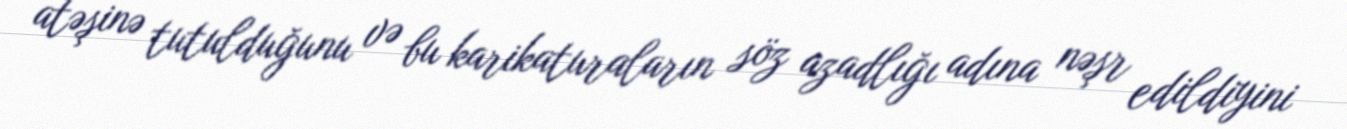
atəşinə tutulduğunu və bu karikaturaların söz azadlığı adına nəşr edildiyini